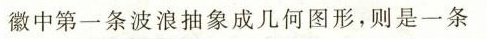
徽中第一条波浪抽象成几何图形，则是一条